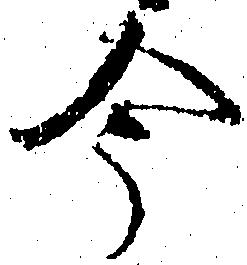
今